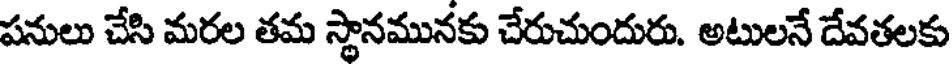
పనులు చేసి మరల తమ స్థానమునకు చేరుచుందురు. అటులనే దేవతలకు